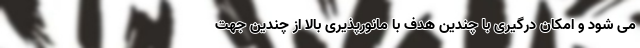
می شود و امکان درگیری با چندین هدف با مانورپذیری بالا از چندین جهت